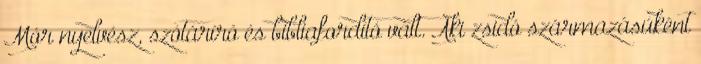
Mór nyelvész, szótáríró és bibliafordító vált. Aki zsidó származásúként